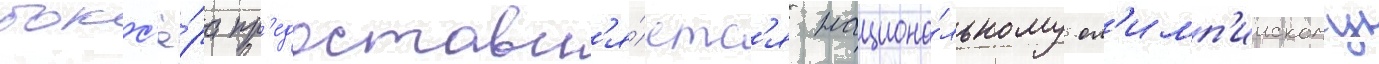
бокс'ё́ра пр'едоставл'я́етс'я национа́льному ол'имп'иискому